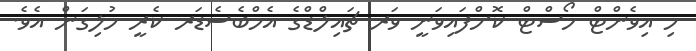
މި އިވެންޓް ހޯސްޓް ކޮށްފައިވަނީ ވަރ ޗައިލްޑްގެ އެމްބެސެޑަރ ކެރީ މުލިގަން އެވެ.